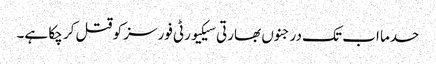
حدما اب تک درجنوں بھارتی سیکیورٹی فورسز کو قتل کر چکا ہے۔